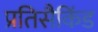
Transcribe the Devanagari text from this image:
प्रतिसैकिंड